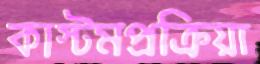
কাস্টমপ্রক্রিয়া